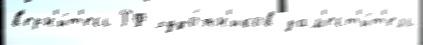
в'ерн'и́т'есь РФ худо́жн'иков зам'ест'и́т'ель